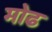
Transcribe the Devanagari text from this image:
मोढ